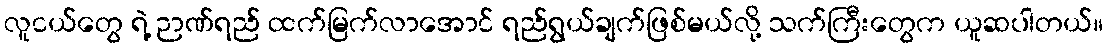
လူငယ်တွေ ရဲ့ ဉာဏ်ရည် ထက်မြက်လာအောင် ရည်ရွယ်ချက်ဖြစ်မယ်လို့ သက်ကြီးတွေက ယူဆပါတယ်။